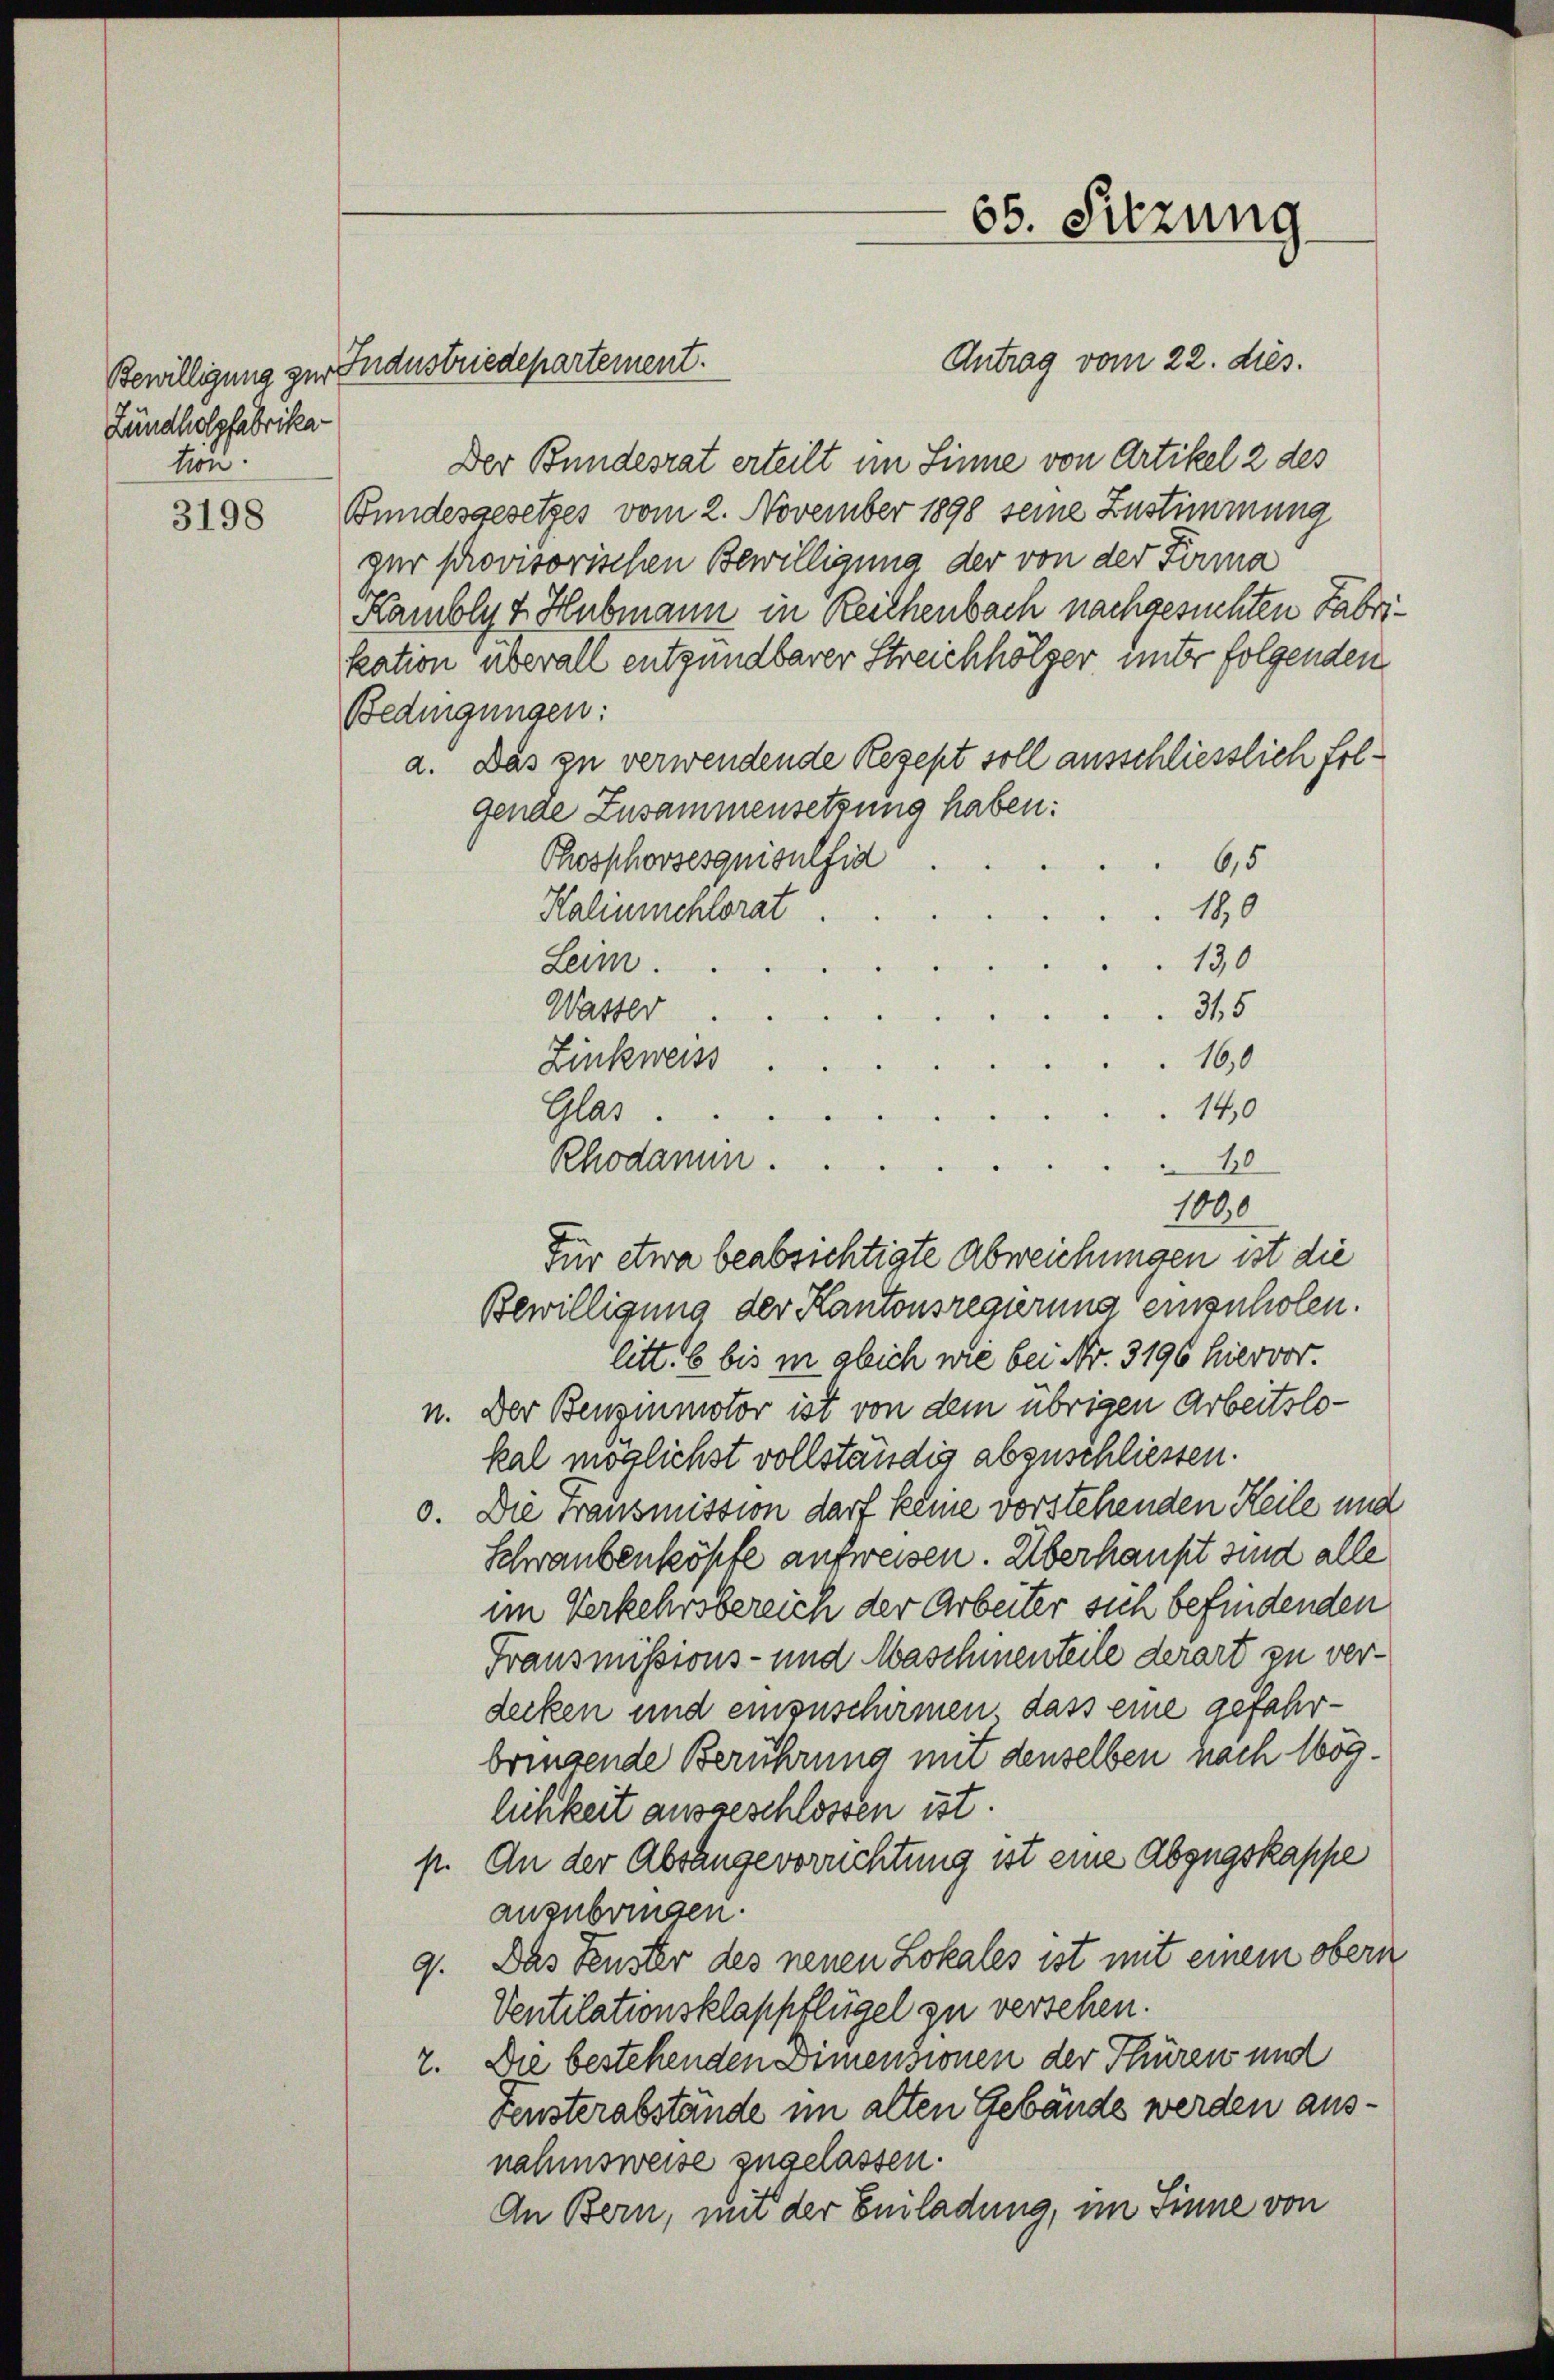
Zündholzfabrikation.

3198

Antrag vom 22. dies.
Der Bundesrat erteilt im Sinne von Artikel 2 des
Bundesgesetzes vom 2. November 1898 seine Zustimmung
zur provisorischen Bewilligung der von der Firma
Kamblyt Hubmann in Reichenbach nachgesuchten Fabrikation überall entgündbarer Streichhölzer unter folgenden
Bedingungen:
a. Das zu verwendende Rezept soll ausschliesslich folgende Zusammensetzung haben:
Phosphovsesquisulfid
6,5
180
Kalinschlorat
130
Leim.
31,5
Waster
160
Zinkweiss
140
Glas.
Rhodamun.
10
1000
Bewilligung der Kantonsregierung einzuholen.
litt. 6 bis in gleich wie bei Nr. 3196 hiervor.
u. Der Benzmmotor ist von dem übrigen Arbeitslokal möglichst vollständig abzuschliessen.
o. Die Transmission darf keine vorstehenden Heile und
Schraubenköpfe aufweisen. Überhaupt sind alle
im Verkehrsbereich der Arbeiter sich befindenden
Fransmissions- und Maschinenteile derart zu verdecken und einzuschirmen, dass eine gefahrbringende Berührung mit denselben nach 1659.
lichkeit ausgeschlossen ist.
p. An der Absange vorrichtung ist eine Abzugskappe
anzubringen.
9. Das Fenster des neuen Lokales ist mit einem obern
Ventilationsklappflügel zu versehen.
2. Die bestehenden Dimensionen der Thüren und
Fensterabstände im alten Gebäude werden aus.
nahmsweise zugelassen.
An Bern, mit der Emiladung, im Sinne von

Bewilligung zur Industriedepartement.

Für etwa beabsichtigte Abweichungen ist die

65. Sitzung